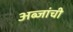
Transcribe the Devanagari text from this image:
अब्जांची